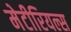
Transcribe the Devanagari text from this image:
मेटीरियल्स